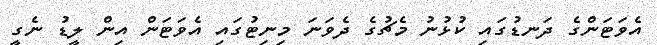
އެވަޓަންގެ ދަނޑުގައި ކުޅުނު މެޗުގެ ދެވަނަ މިނިޓުގައި އެވަޓަން އިން ލީޑު ނެގީ